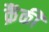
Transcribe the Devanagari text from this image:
क्रैंकी